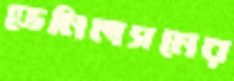
ডেনিলসনের